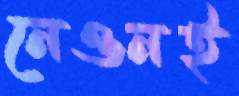
নেওনই